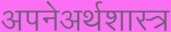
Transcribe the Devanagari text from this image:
अपनेअर्थशास्त्र